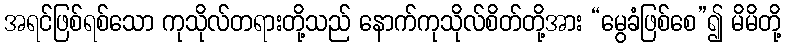
အရင်ဖြစ်ရစ်သော ကုသိုလ်တရားတို့သည် နောက်ကုသိုလ်စိတ်တို့အား “မွေခံဖြစ်စေ”၍ မိမိတို့